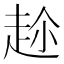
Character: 𮚶